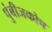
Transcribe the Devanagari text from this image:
पुंबीजकोष